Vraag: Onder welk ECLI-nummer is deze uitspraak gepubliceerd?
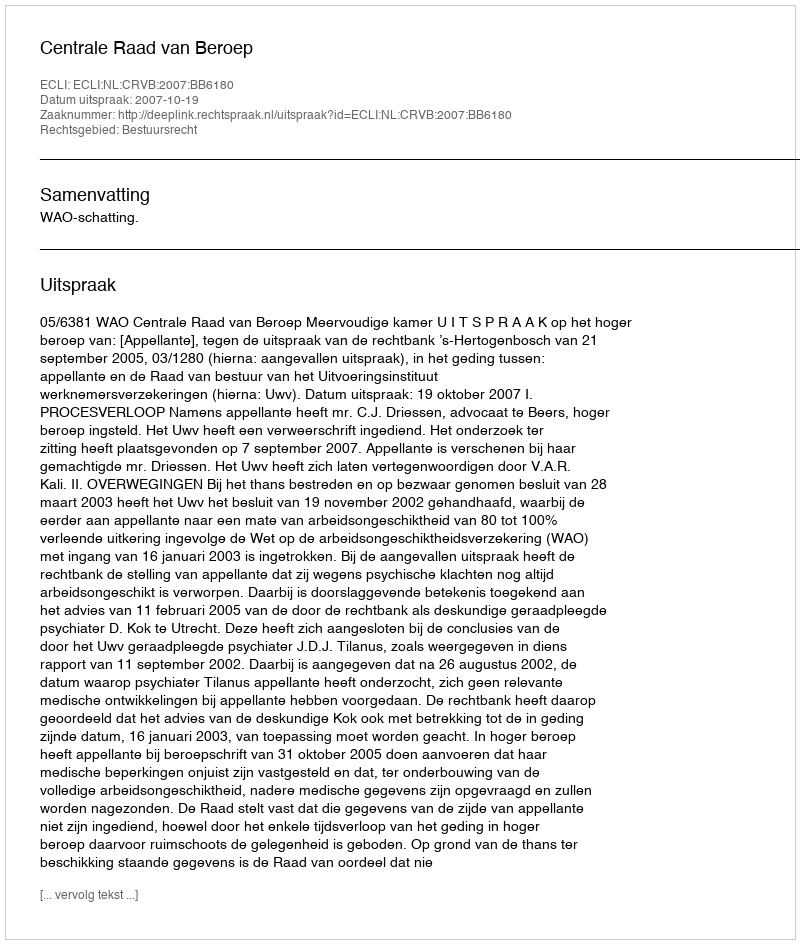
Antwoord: ECLI:NL:CRVB:2007:BB6180